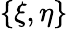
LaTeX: \{ \xi,\eta\}